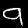
Label: 9